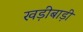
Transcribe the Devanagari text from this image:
खड़ीबाड़ी